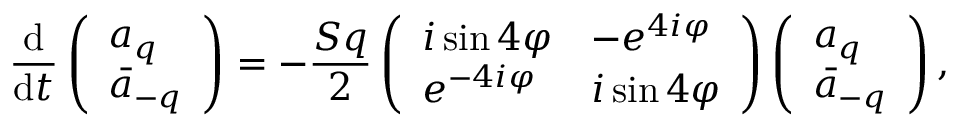
\frac { \mathrm { d } } { \mathrm { d } t } \left( \begin{array} { l } { a _ { q } } \\ { \Bar { a } _ { - q } } \end{array} \right) = - \frac { S q } { 2 } \left( \begin{array} { l l } { i \sin { 4 \varphi } } & { - e ^ { 4 i \varphi } } \\ { e ^ { - 4 i \varphi } } & { i \sin { 4 \varphi } } \end{array} \right) \left( \begin{array} { l } { a _ { q } } \\ { \Bar { a } _ { - q } } \end{array} \right) ,